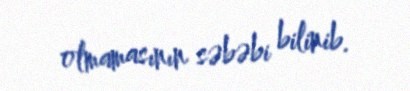
olmamasının səbəbi bilinib.